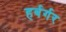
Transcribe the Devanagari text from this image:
हर्बर्गर